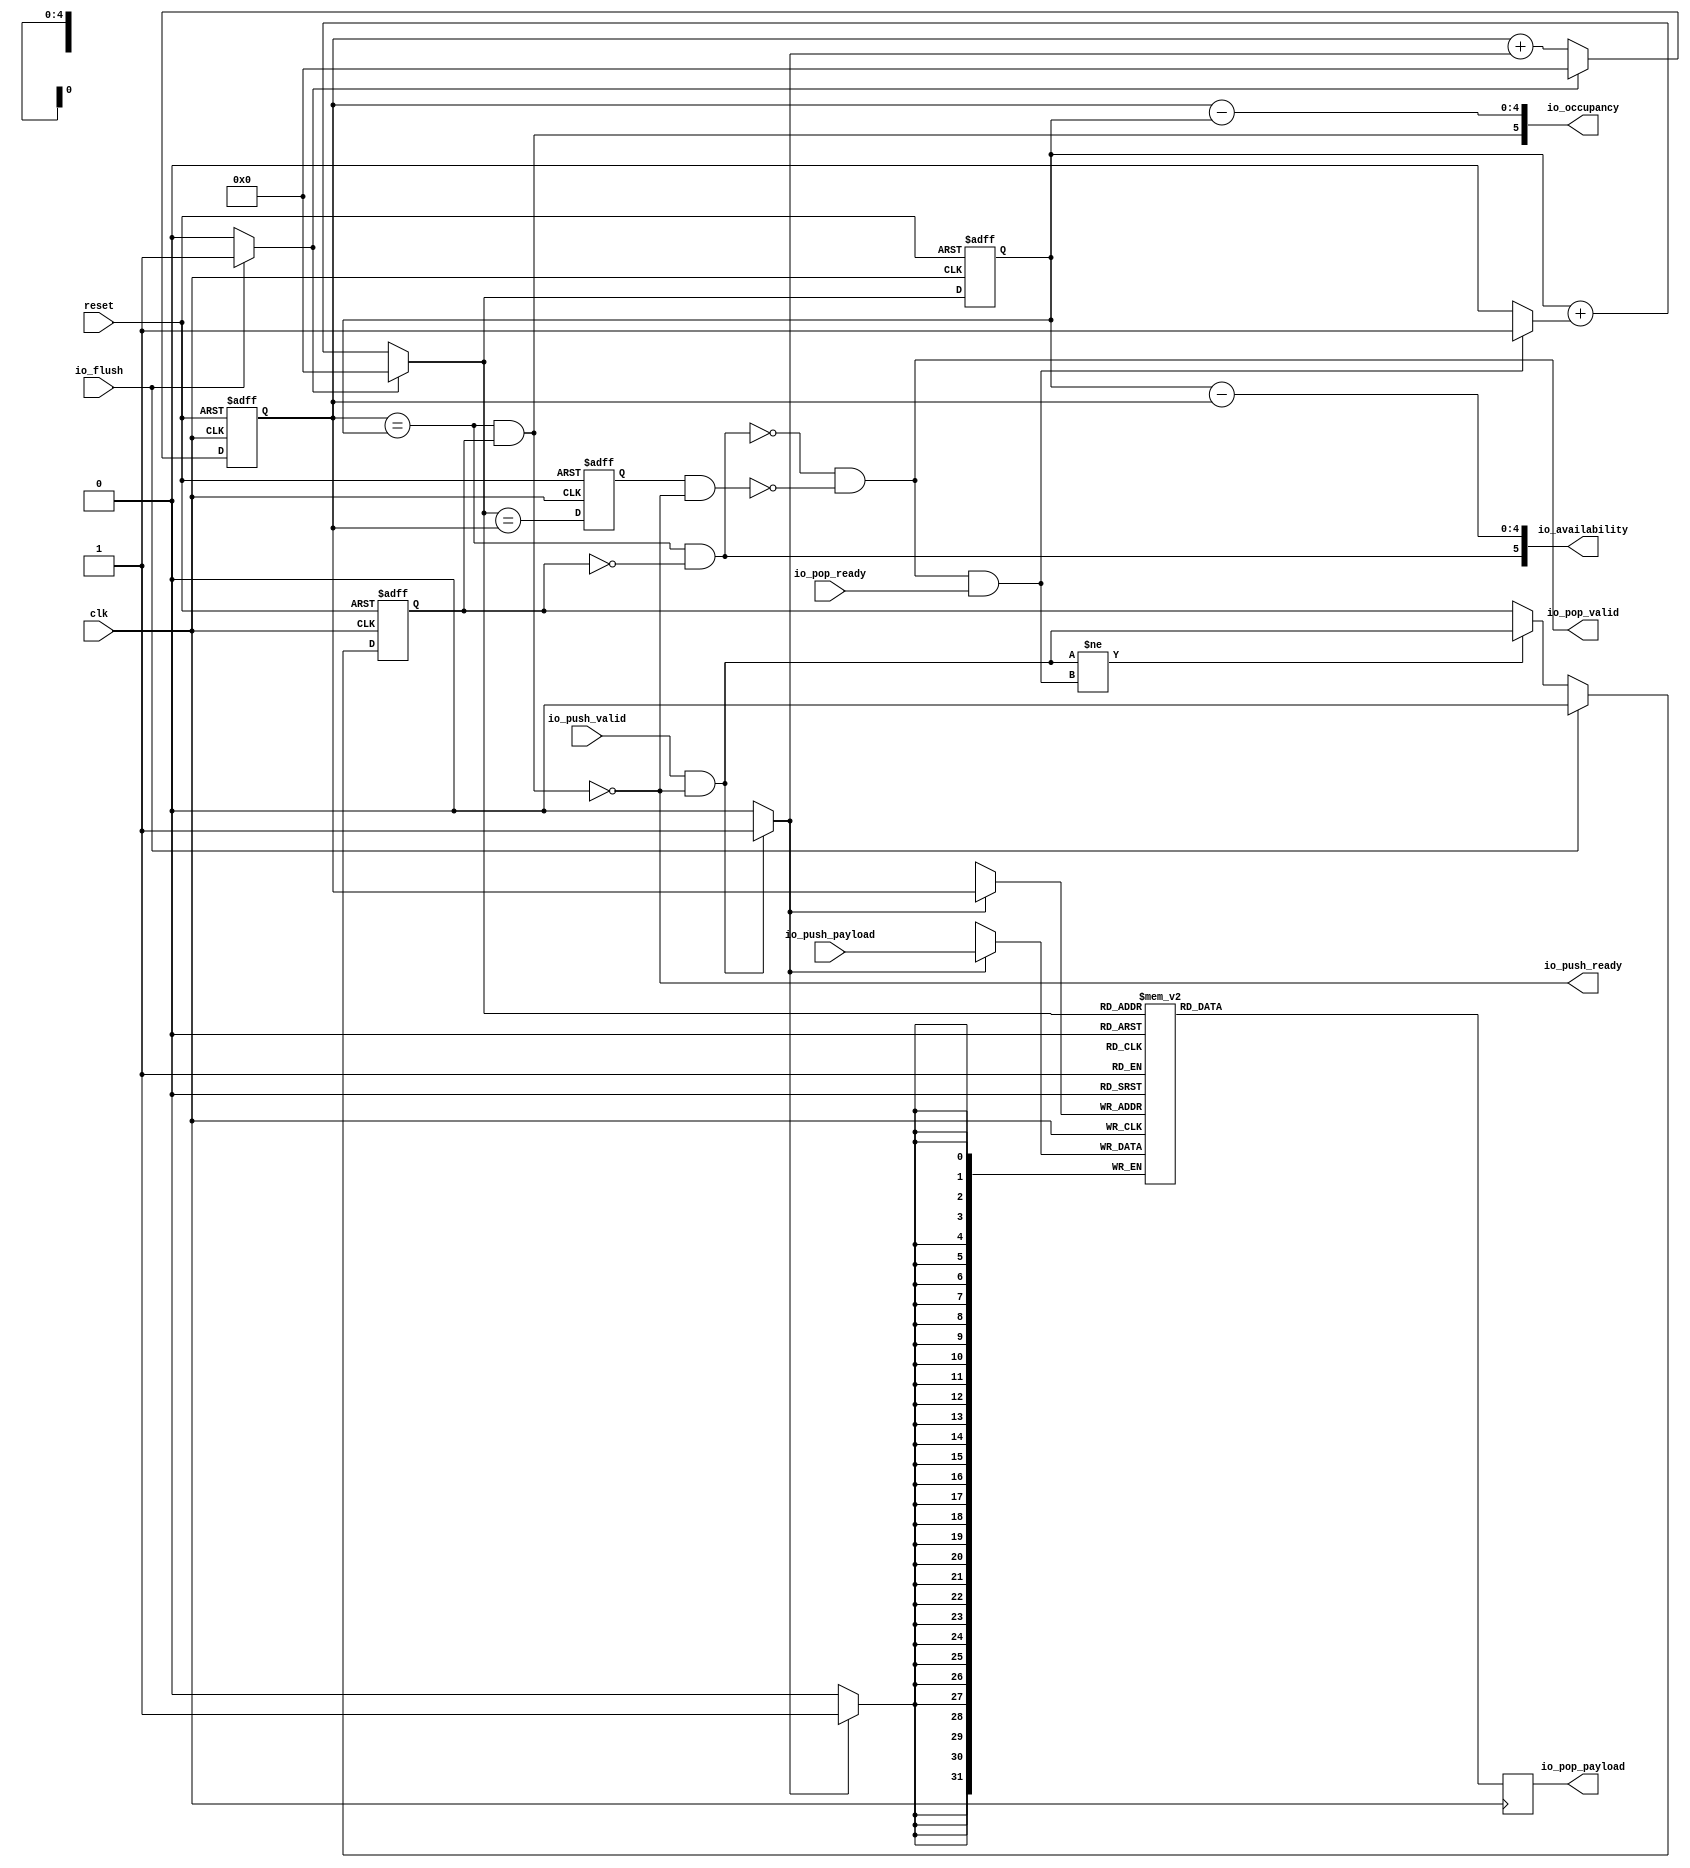
// Generator : SpinalHDL v1.4.3    git head : adf552d8f500e7419fff395b7049228e4bc5de26
// Component : StreamFifo
// Git hash  : adf552d8f500e7419fff395b7049228e4bc5de26



module StreamFifo (
  input               io_push_valid,
  output              io_push_ready,
  input      [31:0]   io_push_payload,
  output              io_pop_valid,
  input               io_pop_ready,
  output     [31:0]   io_pop_payload,
  input               io_flush,
  output     [5:0]    io_occupancy,
  output     [5:0]    io_availability,
  input               clk,
  input               reset
);
  reg        [31:0]   _zz_3;
  wire       [0:0]    _zz_4;
  wire       [4:0]    _zz_5;
  wire       [0:0]    _zz_6;
  wire       [4:0]    _zz_7;
  wire       [4:0]    _zz_8;
  wire                _zz_9;
  reg                 _zz_1;
  reg                 logic_pushPtr_willIncrement;
  reg                 logic_pushPtr_willClear;
  reg        [4:0]    logic_pushPtr_valueNext;
  reg        [4:0]    logic_pushPtr_value;
  wire                logic_pushPtr_willOverflowIfInc;
  wire                logic_pushPtr_willOverflow;
  reg                 logic_popPtr_willIncrement;
  reg                 logic_popPtr_willClear;
  reg        [4:0]    logic_popPtr_valueNext;
  reg        [4:0]    logic_popPtr_value;
  wire                logic_popPtr_willOverflowIfInc;
  wire                logic_popPtr_willOverflow;
  wire                logic_ptrMatch;
  reg                 logic_risingOccupancy;
  wire                logic_pushing;
  wire                logic_popping;
  wire                logic_empty;
  wire                logic_full;
  reg                 _zz_2;
  wire       [4:0]    logic_ptrDif;
  reg [31:0] logic_ram [0:31];

  assign _zz_4 = logic_pushPtr_willIncrement;
  assign _zz_5 = {4'd0, _zz_4};
  assign _zz_6 = logic_popPtr_willIncrement;
  assign _zz_7 = {4'd0, _zz_6};
  assign _zz_8 = (logic_popPtr_value - logic_pushPtr_value);
  assign _zz_9 = 1'b1;
  always @ (posedge clk) begin
    if(_zz_9) begin
      _zz_3 <= logic_ram[logic_popPtr_valueNext];
    end
  end

  always @ (posedge clk) begin
    if(_zz_1) begin
      logic_ram[logic_pushPtr_value] <= io_push_payload;
    end
  end

  always @ (*) begin
    _zz_1 = 1'b0;
    if(logic_pushing)begin
      _zz_1 = 1'b1;
    end
  end

  always @ (*) begin
    logic_pushPtr_willIncrement = 1'b0;
    if(logic_pushing)begin
      logic_pushPtr_willIncrement = 1'b1;
    end
  end

  always @ (*) begin
    logic_pushPtr_willClear = 1'b0;
    if(io_flush)begin
      logic_pushPtr_willClear = 1'b1;
    end
  end

  assign logic_pushPtr_willOverflowIfInc = (logic_pushPtr_value == 5'h1f);
  assign logic_pushPtr_willOverflow = (logic_pushPtr_willOverflowIfInc && logic_pushPtr_willIncrement);
  always @ (*) begin
    logic_pushPtr_valueNext = (logic_pushPtr_value + _zz_5);
    if(logic_pushPtr_willClear)begin
      logic_pushPtr_valueNext = 5'h0;
    end
  end

  always @ (*) begin
    logic_popPtr_willIncrement = 1'b0;
    if(logic_popping)begin
      logic_popPtr_willIncrement = 1'b1;
    end
  end

  always @ (*) begin
    logic_popPtr_willClear = 1'b0;
    if(io_flush)begin
      logic_popPtr_willClear = 1'b1;
    end
  end

  assign logic_popPtr_willOverflowIfInc = (logic_popPtr_value == 5'h1f);
  assign logic_popPtr_willOverflow = (logic_popPtr_willOverflowIfInc && logic_popPtr_willIncrement);
  always @ (*) begin
    logic_popPtr_valueNext = (logic_popPtr_value + _zz_7);
    if(logic_popPtr_willClear)begin
      logic_popPtr_valueNext = 5'h0;
    end
  end

  assign logic_ptrMatch = (logic_pushPtr_value == logic_popPtr_value);
  assign logic_pushing = (io_push_valid && io_push_ready);
  assign logic_popping = (io_pop_valid && io_pop_ready);
  assign logic_empty = (logic_ptrMatch && (! logic_risingOccupancy));
  assign logic_full = (logic_ptrMatch && logic_risingOccupancy);
  assign io_push_ready = (! logic_full);
  assign io_pop_valid = ((! logic_empty) && (! (_zz_2 && (! logic_full))));
  assign io_pop_payload = _zz_3;
  assign logic_ptrDif = (logic_pushPtr_value - logic_popPtr_value);
  assign io_occupancy = {(logic_risingOccupancy && logic_ptrMatch),logic_ptrDif};
  assign io_availability = {((! logic_risingOccupancy) && logic_ptrMatch),_zz_8};
  always @ (posedge clk or posedge reset) begin
    if (reset) begin
      logic_pushPtr_value <= 5'h0;
      logic_popPtr_value <= 5'h0;
      logic_risingOccupancy <= 1'b0;
      _zz_2 <= 1'b0;
    end else begin
      logic_pushPtr_value <= logic_pushPtr_valueNext;
      logic_popPtr_value <= logic_popPtr_valueNext;
      _zz_2 <= (logic_popPtr_valueNext == logic_pushPtr_value);
      if((logic_pushing != logic_popping))begin
        logic_risingOccupancy <= logic_pushing;
      end
      if(io_flush)begin
        logic_risingOccupancy <= 1'b0;
      end
    end
  end


endmodule